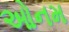
ઓનમ